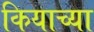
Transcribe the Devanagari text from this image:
कियाच्या